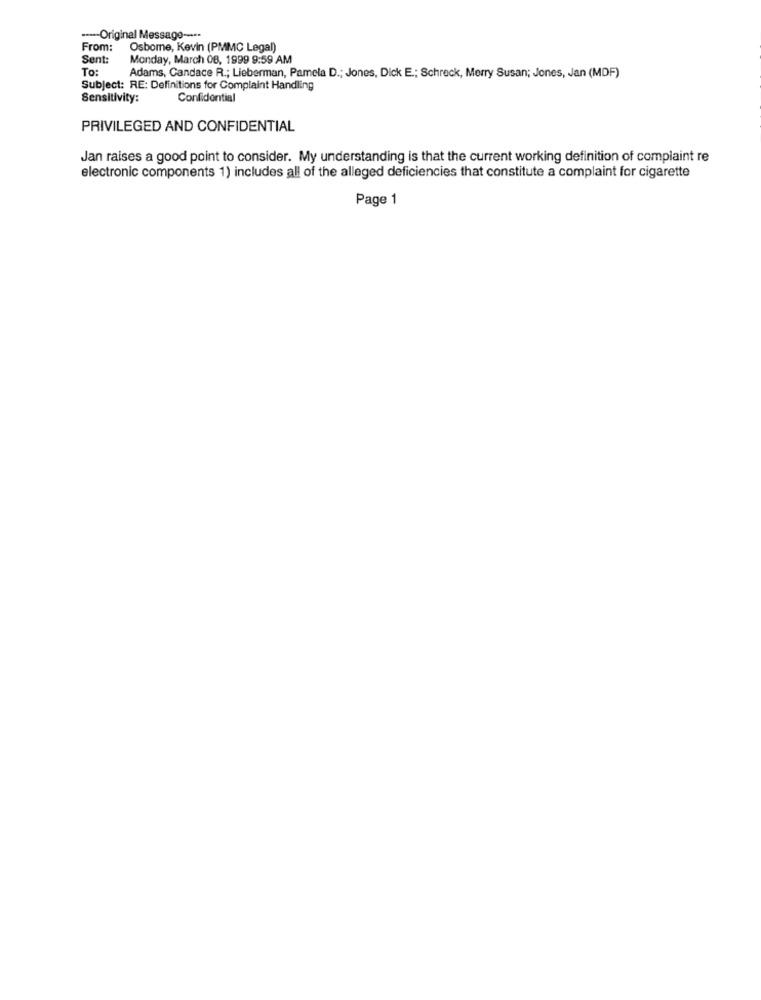
---- Original Message --···
From:
Osborne, Kevin (PMMC Legal)
Sent:
Monday, March 08, 1999 9:59 AM
To:
Adams, Candace R .; Lieberman, Pamela D .; Jones, Dick E .; Schreck, Merry Susan; Jones, Jan (MDF)
Subject: RE: Definitions for Complaint Handling
Sensitivity:
Confidential
PRIVILEGED AND CONFIDENTIAL
Jan raises a good point to consider. My understanding is that the current working definition of complaint re
electronic components 1) includes all of the alleged deficiencies that constitute a complaint for cigarette
Page 1